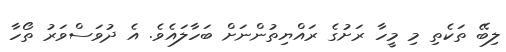
ލިބޭ ތަކެތި މި މީހާ ރަށުގެ ރައްޔިތުންނަށް ބަހާލައެވެ. އެ ދުވަސްވަރު ތޯހާ